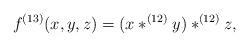
LaTeX: \begin{align*}f^{(13)}(x,y,z) = (x *^{(12)} y) *^{(12)} z ,\end{align*}